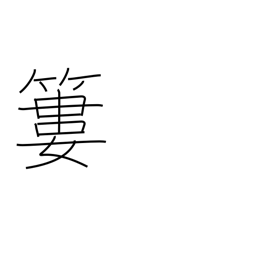
Meaning: bamboo basket